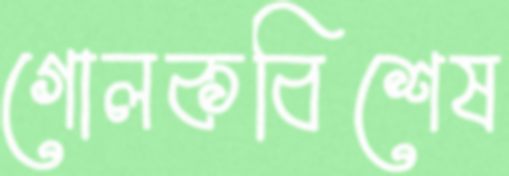
গোলকবিশেষ